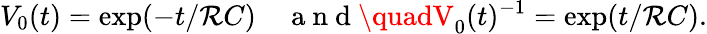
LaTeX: V_{0}(t)=\exp(-t/\mathcal{R}C)\quad\mathrm{{~a~n~d~}}\quadV_{0}(t)^{-1}=\exp(t/\mathcal{R}C).